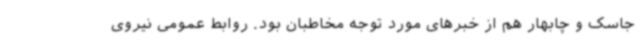
جاسک و چابهار هم از خبرهای مورد توجه مخاطبان بود. روابط عمومی نیروی